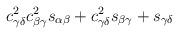
LaTeX: \begin{align*}c_{\gamma\delta}^2c_{\beta\gamma}^2s_{\alpha\beta}+c_{\gamma\delta}^2s_{\beta\gamma}+s_{\gamma\delta}\end{align*}